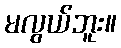
မလွယ်ဘူး။